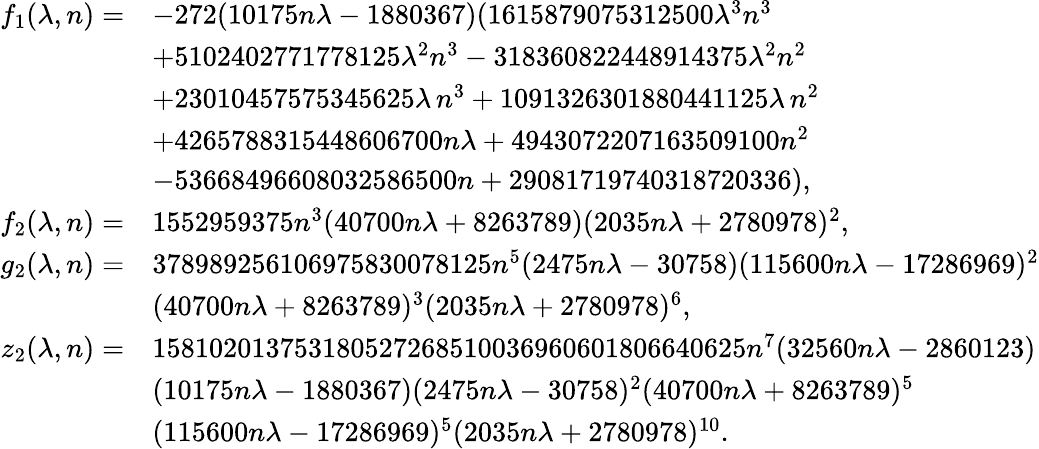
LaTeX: \begin{array}{rl}{f_{1}(\lambda,n)=}&{-272(10175n\lambda-1880367)(1615879075312500\lambda^{3}n^{3}}\\ &{+5102402771778125\lambda^{2}n^{3}-318360822448914375\lambda^{2}n^{2}}\\ &{+23010457575345625\lambda\, n^{3}+1091326301880441125\lambda\, n^{2}}\\ &{+4265788315448606700n\lambda+4943072207163509100n^{2}}\\ &{-53668496608032586500n+29081719740318720336),}\\ {f_{2}(\lambda,n)=}&{1552959375n^{3}(40700n\lambda+8263789)(2035n\lambda+2780978)^{2},}\\ {g_{2}(\lambda,n)=}&{378989256106975830078125n^{5}(2475n\lambda-30758)(115600n\lambda-17286969)^{2}}\\ &{(40700n\lambda+8263789)^{3}(2035n\lambda+2780978)^{6},}\\ {z_{2}(\lambda,n)=}&{158102013753180527268510036960601806640625n^{7}(32560n\lambda-2860123)}\\ &{(10175n\lambda-1880367)(2475n\lambda-30758)^{2}(40700n\lambda+8263789)^{5}}\\ &{(115600n\lambda-17286969)^{5}(2035n\lambda+2780978)^{10}.}\end{array}